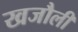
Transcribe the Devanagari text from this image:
खजौली